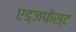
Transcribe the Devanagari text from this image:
एड्जफ़ेस्ट